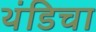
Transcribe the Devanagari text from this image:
थंडिचा